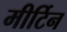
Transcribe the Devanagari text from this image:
मीर्टिन